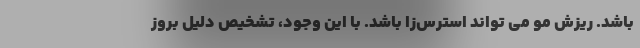
باشد. ریزش مو می تواند استرس‌زا باشد. با این وجود، تشخیص دلیل بروز